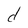
Character: d